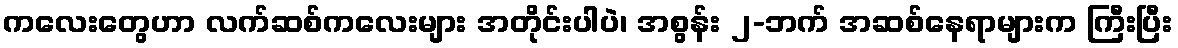
ကလေးတွေဟာ လက်ဆစ်ကလေးများ အတိုင်းပါပဲ၊ အစွန်း ၂-ဘက် အဆစ်နေရာများက ကြီးပြီး